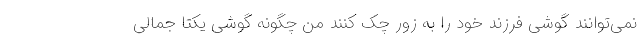
نمی‌توانند گوشی فرزند خود را به زور چک کنند من چگونه گوشی یکتا جمالی